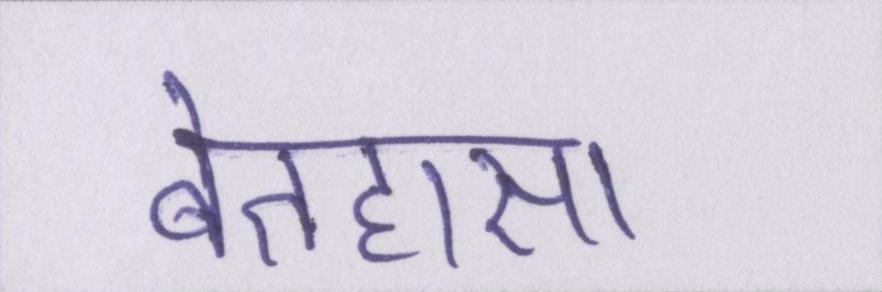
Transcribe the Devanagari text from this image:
बेतहासा